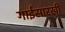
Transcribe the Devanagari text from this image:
गाईसारखी